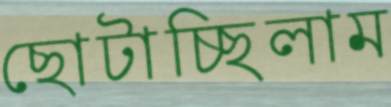
ছোটাচ্ছিলাম